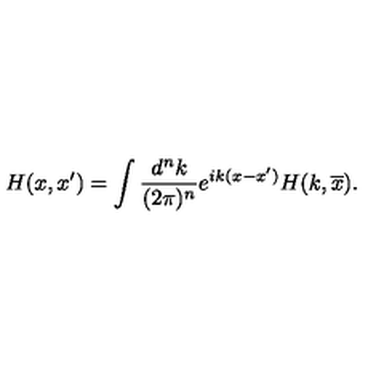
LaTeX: H ( x , x ^ { \prime } ) = \int \frac { d ^ { n } k } { ( 2 \pi ) ^ { n } } e ^ { i k ( x - x ^ { \prime } ) } H ( k , \overline { x } ) .